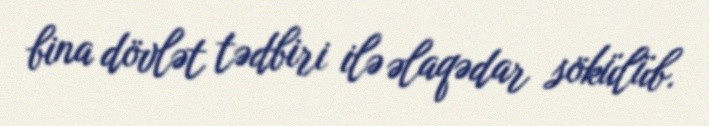
bina dövlət tədbiri ilə əlaqədar sökülüb.